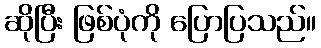
ဆိုပြီး ဖြစ်ပုံကို ပြောပြသည်။